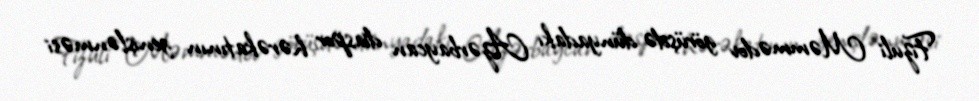
Fizuli Məmmədov görüşdə dünyadakı Azərbaycan diaspor hərəkatının genişlənməsi